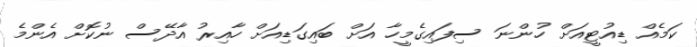
ކަމެއް ޑިއުޓީއަށް ހުންނަ ސިފައިގެމީހާ އަށް ބައިގަޑިއަށް ހާއިރު އާދޭސް ނުކޮށް އެންމެ